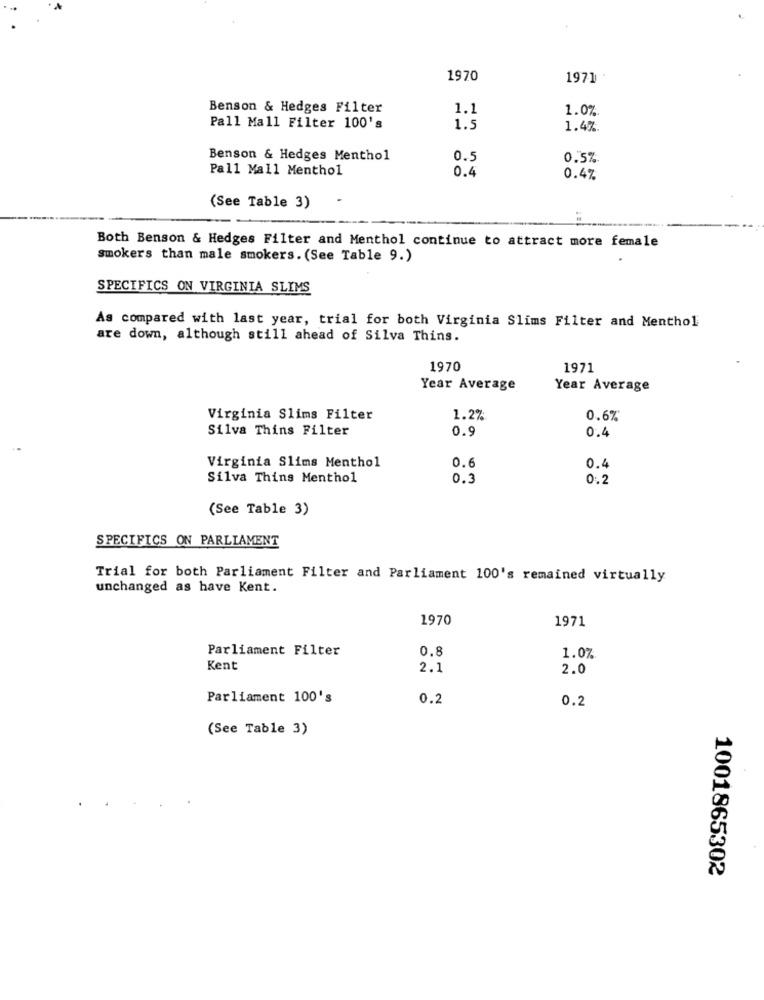
1970
1971
Benson & Hedges Filter
1.1
1.0%
Pall Mall Filter 100's
1.5
1.4%
Benson & Hedges Menthol
0.5
0.5%
Pall Mall Menthol
0.4
0.4%
(See Table 3)
=
Both Benson & Hedges Filter and Menthol continue to attract more female
smokers than male smokers. (See Table 9.)
SPECIFICS ON VIRGINIA SLIMS
As compared with last year, trial for both Virginia Slims Filter and Menthol
are down, although still ahead of Silva Thins.
1970
1971
Year Average
Year Average
Virginia Slims Filter
1.2%
0.6%*
Silva Thins Filter
0.9
0.4
Virginia Slims Menthol
0.6
0.4
Silva Thing Menthol
0.3
0.2
(See Table 3)
SPECIFICS ON PARLIAMENT
Trial for both Parliament Filter and Parliament 100's remained virtually
unchanged as have Kent.
1970
1971
Parliament Filter
0.8
1.0%
Kent
2.1
2.0
Parliament 100's
0.2
0.2
(See Table 3)
1001865302